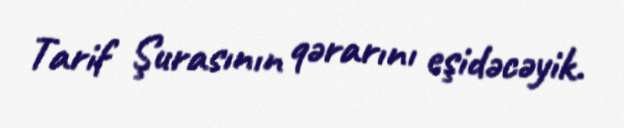
Tarif Şurasının qərarını eşidəcəyik.